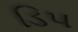
ડિપ